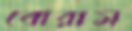
বোরাস